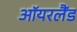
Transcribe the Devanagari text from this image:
ऑयरलैंड